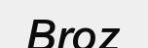
Broz